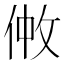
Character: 𠉿